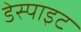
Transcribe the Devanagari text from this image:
डेस्पाइट